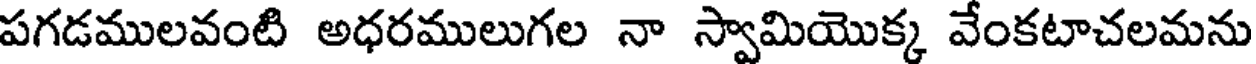
పగడములవంటి అధరములుగల నా స్వామియొక్క వేంకటాచలమను